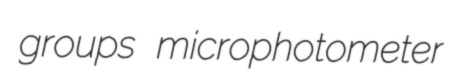
groups microphotometer